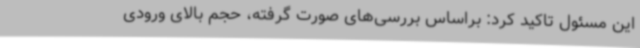
این مسئول تاکید کرد: براساس بررسی‌های صورت گرفته، حجم بالای ورودی